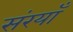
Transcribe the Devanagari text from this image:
संरयाँ